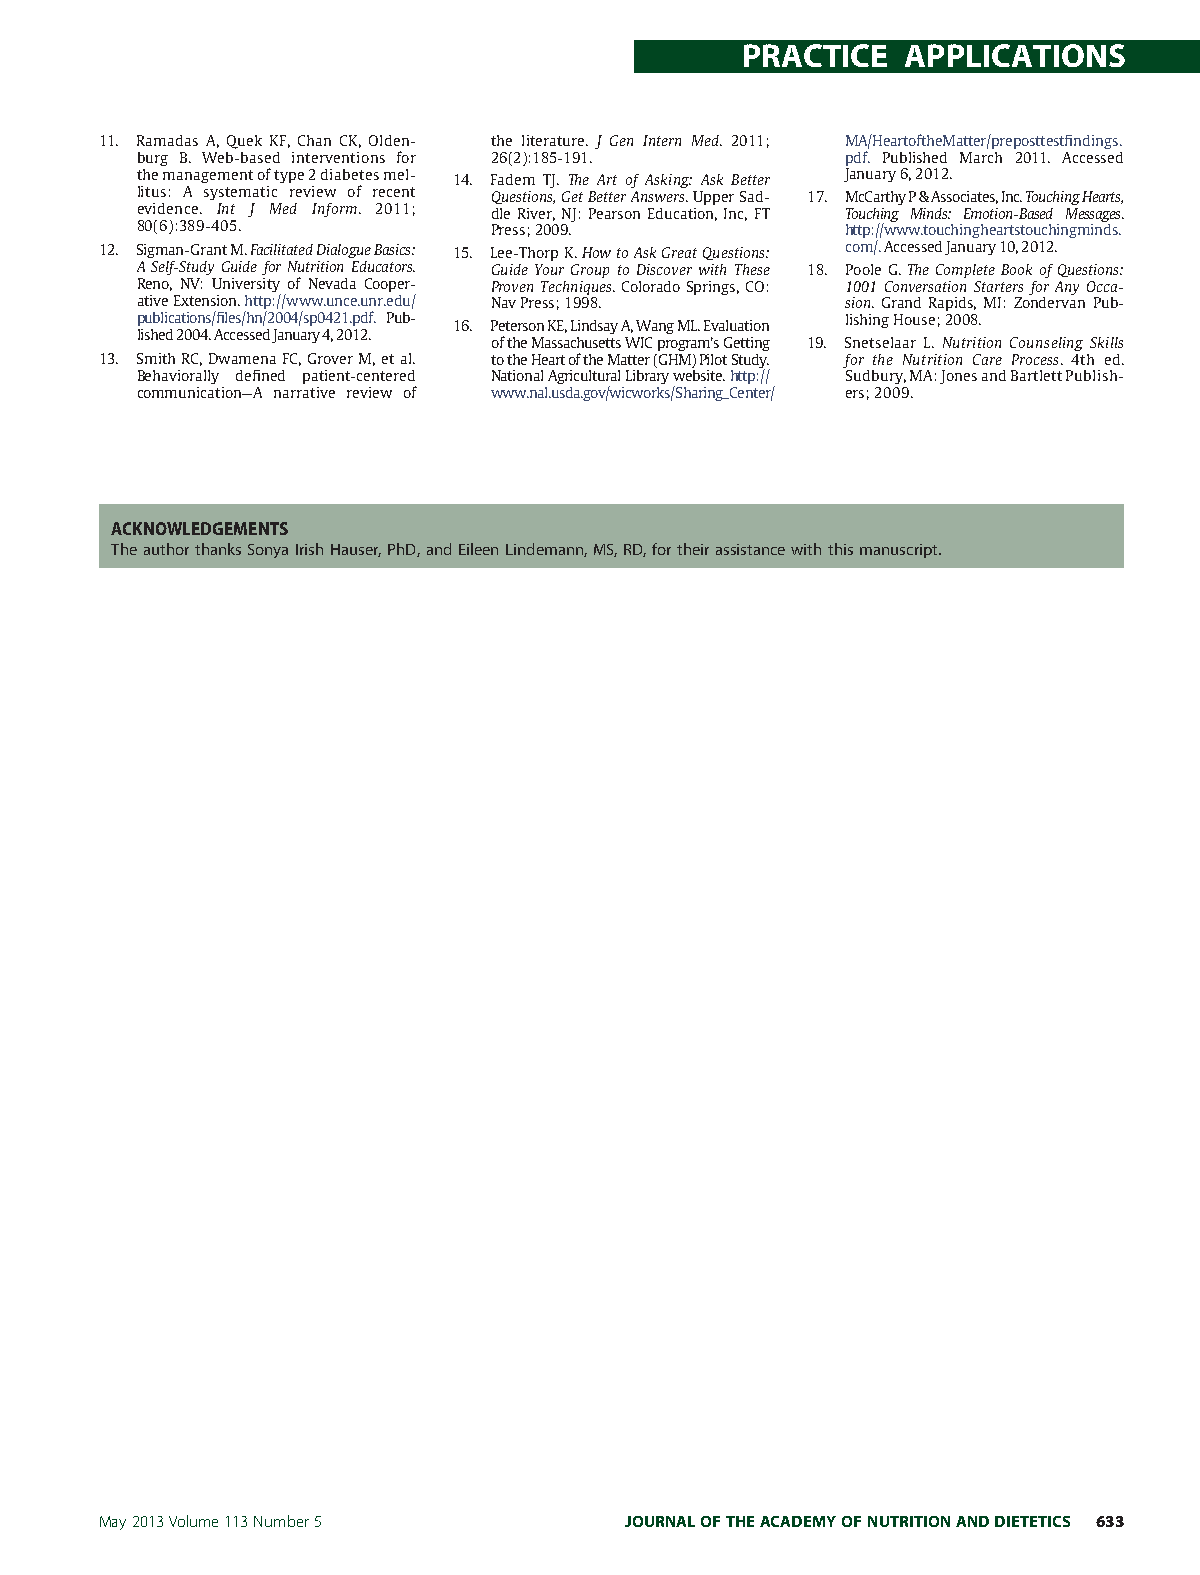
PRACTICE   APPLICATIONS
 11. Ramadas A, Quek KF, Chan CK, Olden- the literature. J Gen Intern Med. 2011; MA/HeartoftheMatter/preposttestfindings.
 burg B. Web-based interventions for 26(2):185-191. pdf. Published March 2011. Accessed
 themanagementoftype2diabetesmel- 14. Fadem TJ. The Art of Asking: Ask Better January6,2012.
 litus: A systematic review of recent Questions,GetBetterAnswers.UpperSad- 17. McCarthyP&Associates,Inc.TouchingHearts,
 evidence. Int J Med Inform. 2011; dleRiver,NJ:PearsonEducation,Inc,FT Touching Minds: Emotion-Based Messages.
 80(6):389-405.         Press;2009.             http://www.touchingheartstouchingminds.
 12. Sigman-GrantM.FacilitatedDialogueBasics: 15. Lee-ThorpK.HowtoAskGreatQuestions: com/.AccessedJanuary10,2012.
 A Self-Study Guide for Nutrition Educators. Guide Your Group to Discover with These 18. PooleG.TheCompleteBookofQuestions:
 Reno, NV: University of Nevada Cooper- ProvenTechniques.ColoradoSprings,CO: 1001 Conversation Starters for Any Occa-
 ativeExtension.http://www.unce.unr.edu/ NavPress;1998. sion. Grand Rapids, MI: Zondervan Pub-
 publications/files/hn/2004/sp0421.pdf. Pub- 16. PetersonKE,LindsayA,WangML.Evaluation lishingHouse;2008.
 lished2004.AccessedJanuary4,2012.
 oftheMassachusettsWICprogram’sGetting 19. Snetselaar L. Nutrition Counseling Skills
 13. SmithRC,DwamenaFC,GroverM,etal. totheHeartoftheMatter(GHM)PilotStudy. for the Nutrition Care Process. 4th ed.
 Behaviorally defined patient-centered NationalAgriculturalLibrarywebsite.http:// Sudbury,MA:JonesandBartlettPublish-
 communication—A narrative review of www.nal.usda.gov/wicworks/Sharing_Center/ ers;2009.
 ACKNOWLEDGEMENTS
 TheauthorthanksSonyaIrishHauser,PhD,andEileenLindemann,MS,RD,fortheirassistancewiththismanuscript.
 May2013Volume113Number5            JOURNALOFTHEACADEMYOFNUTRITIONANDDIETETICS 633